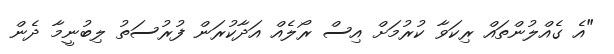
"އެ ގެއްލުންތައް ރިކަވާ ކުރުމަށް އިސް ރޯލެއް އަދާކުރަން ފުރުސަތު ލިބުނީމާ ދެން